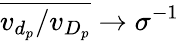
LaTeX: \overline{{v_{d_{p}}/v_{D_{p}}}}\rightarrow\sigma^{-1}